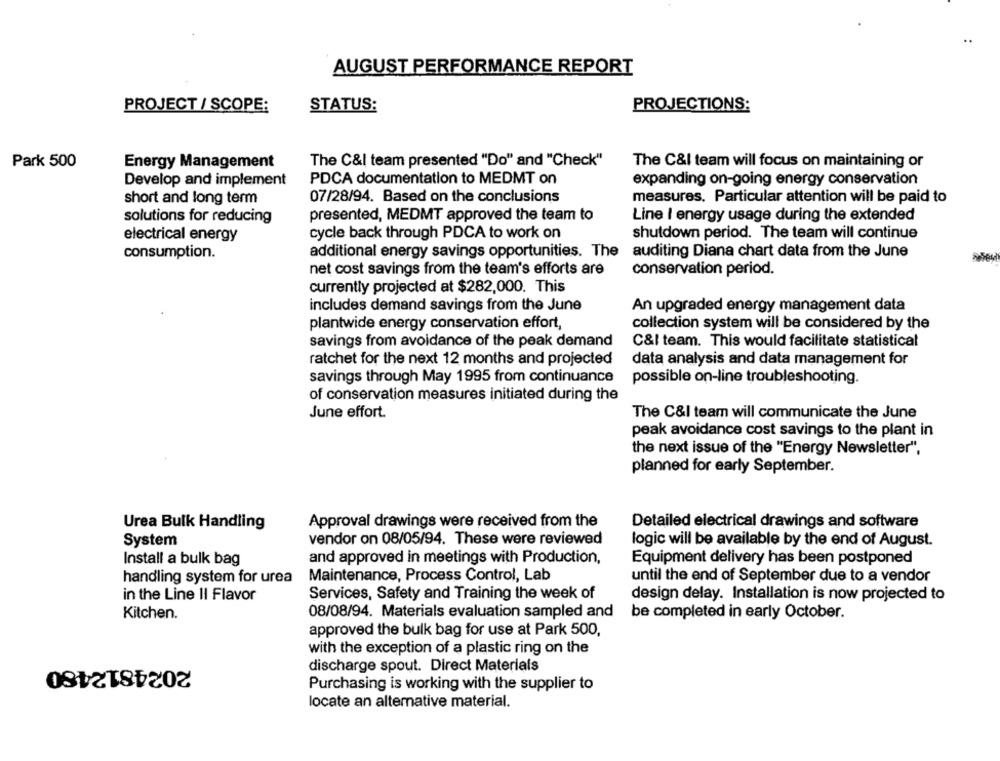
AUGUST PERFORMANCE REPORT
PROJECT / SCOPE:
STATUS:
PROJECTIONS:
Park 500
Energy Management
The C&I team presented "Do" and "Check"
The C&I team will focus on maintaining or
Develop and implement
PDCA documentation to MEDMT on
expanding on-going energy conservation
measures. Particular attention will be paid to
short and long term
07/28/94. Based on the conclusions
solutions for reducing
presented, MEDMT approved the team to
Line I energy usage during the extended
electrical energy
cycle back through PDCA to work on
shutdown period. The team will continue
consumption.
additional energy savings opportunities. The
auditing Diana chart data from the June
net cost savings from the team's efforts are
conservation period.
currently projected at $282,000. This
includes demand savings from the June
An upgraded energy management data
plantwide energy conservation effort,
collection system will be considered by the
savings from avoidance of the peak demand
C&I team. This would facilitate statistical
ratchet for the next 12 months and projected
data analysis and data management for
savings through May 1995 from continuance
possible on-line troubleshooting.
of conservation measures initiated during the
June effort.
The C&I team will communicate the June
peak avoidance cost savings to the plant in
the next issue of the "Energy Newsletter",
planned for early September.
Urea Bulk Handling
Approval drawings were received from the
Detailed electrical drawings and software
System
vendor on 08/05/94. These were reviewed
logic will be available by the end of August.
Install a bulk bag
and approved in meetings with Production,
Equipment delivery has been postponed
handling system for urea
Maintenance, Process Control, Lab
until the end of September due to a vendor
in the Line II Flavor
Services, Safety and Training the week of
design delay. Installation is now projected to
Kitchen.
08/08/94. Materials evaluation sampled and
be completed in early October.
approved the bulk bag for use at Park 500,
with the exception of a plastic ring on the
2024812480
discharge spout. Direct Materials
Purchasing is working with the supplier to
locate an alternative material.